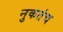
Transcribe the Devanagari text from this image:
नुकतंच